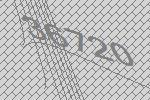
36720